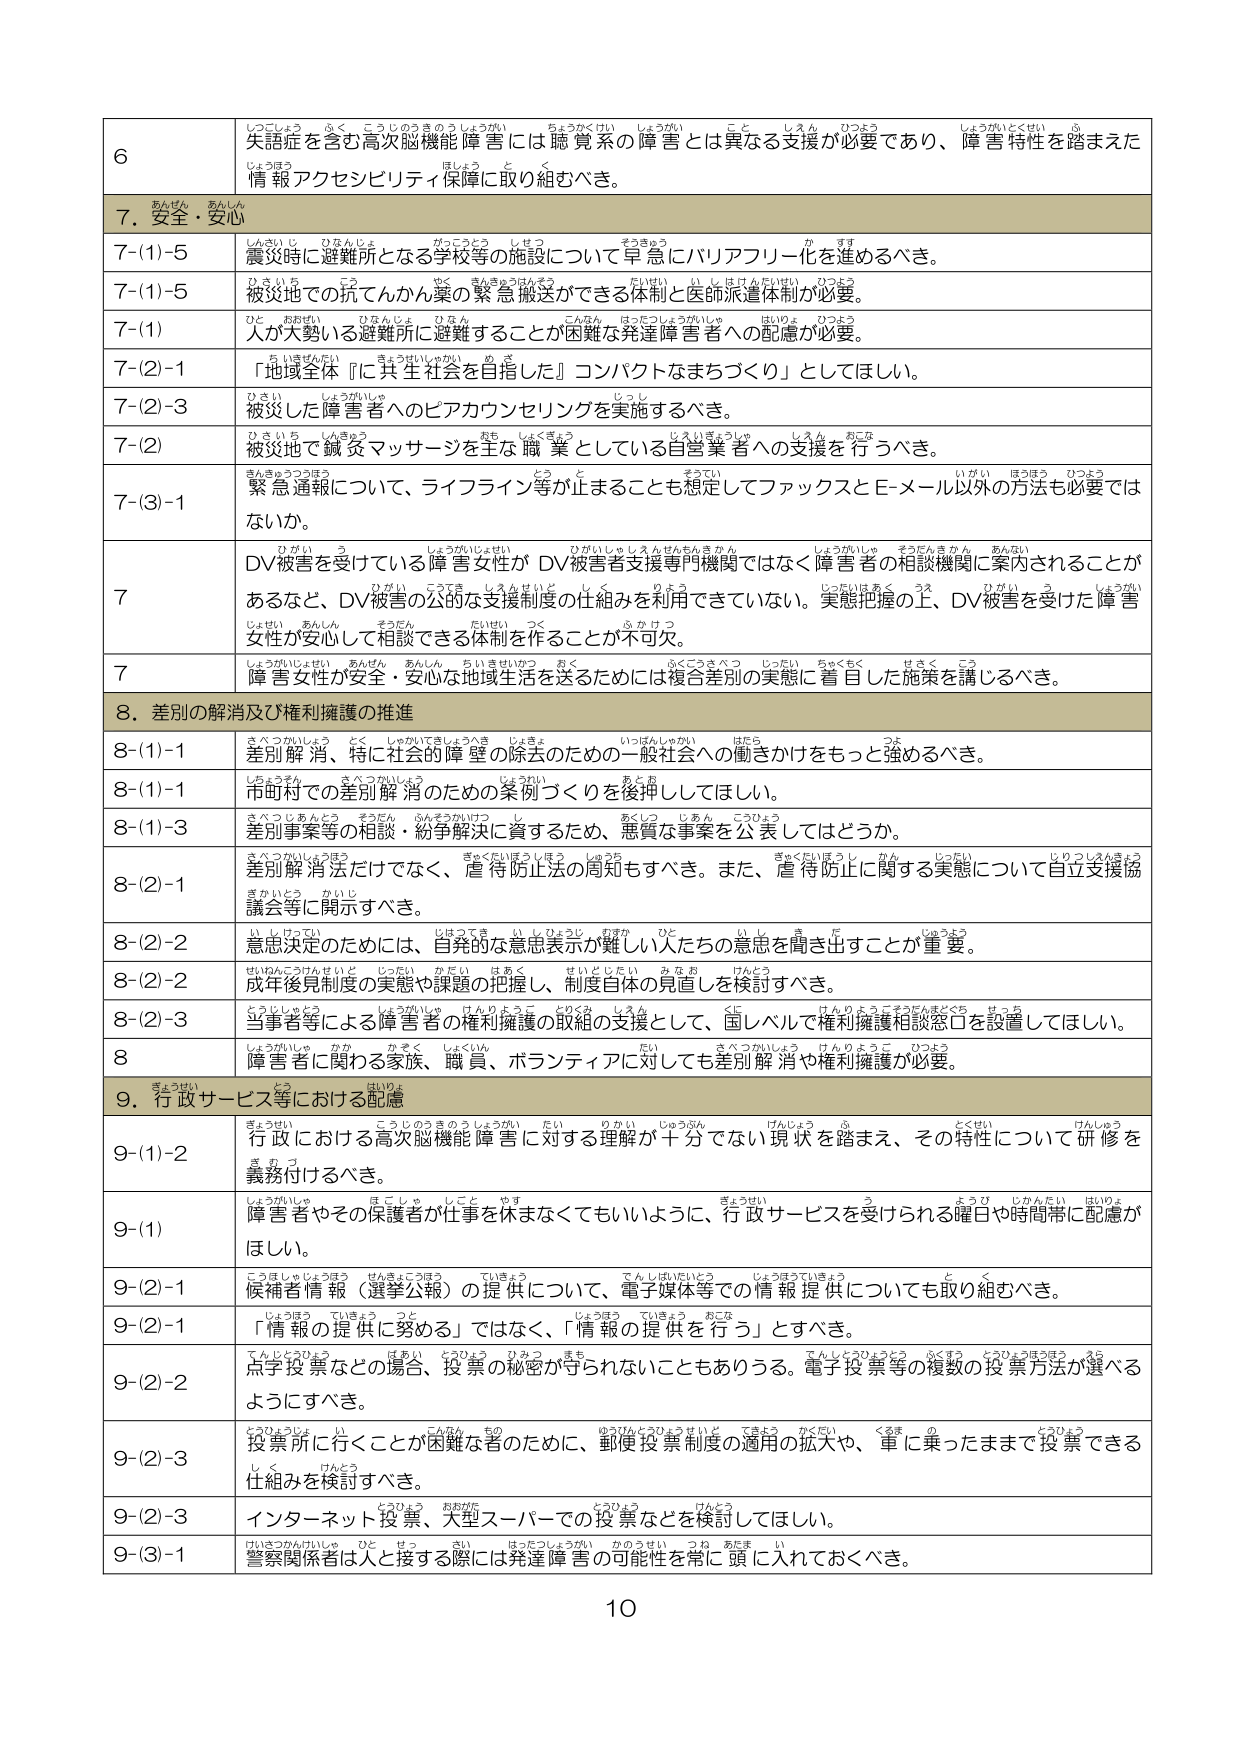
6
失語症を含む高次脳機能障害には聴覚系の障害とは異なる支援が必要であり、障害特性を踏まえた情報アクセシビリティ保障に取り組むべき。

7. 安全・安心
7-(1)-5
震災時に避難所となる学校等の施設について早急にバリアフリー化を進めるべき。
7-(1)-5
被災地での町てんかん薬の緊急搬送ができる体制と医師派遣体制が必要。
7-(1)
人が大勢いる避難所に避難することが困難な発達障害者への配慮が必要。
7-(2)-1
「地域全体『に共生社会を目指した』コンパクトなまちづくり」としてほしい。
7-(2)-3
被災した障害者へのピアカウンセリングを実施するべき。
7-(2)
被災地で鍼灸マッサージを主な職業としている自営業者への支援を行うべき。
7-(3)-1
緊急通報について、ライフライン等が止まることも想定してファックスとEメール以外の方法も必要ではないか。
7
DV被害を受けている障害女性がDV被害者支援専門機関ではなく障害者の相談機関に案内されることがあるなど、DV被害の公的な支援制度の仕組みを利用できていない。実態把握の上、DV被害を受けた障害女性が安心して相談できる体制を作ることが不可欠。
7
障害女性が安全・安心な地域生活を送るためには複合差別の実態に着目した施策を講じるべき。

8. 差別の解消及び権利擁護の推進
8-(1)-1
差別解消、特に社会的障壁の除去のための一般社会への働きかけをもっと強めるべき。
8-(1)-1
市町村での差別解消のための条例づくりを後押ししてほしい。
8-(1)-3
差別事案等の相談・紛争解決に資するため、貴重な事案を公表してはどうか。
8-(2)-1
差別解消法だけでなく、虐待防止法の周知もすべき。また、虐待防止に関する実態について自立支援協議会等に開示すべき。
8-(2)-2
意思決定のためには、自発的な意思表示が難しい人たちの意思を聞き出すことが重要。
8-(2)-2
成年後見制度の実態や課題の把握し、制度自体の見直しを検討すべき。
8-(2)-3
当事者等による障害者の権利擁護の取組の支援として、国レベルで権利擁護相談窓口を設置してほしい。
8
障害者に関わる家族、職員、ボランティアに対しても差別解消や権利擁護が必要。

9. 行政サービス等における配慮
9-(1)-2
行政における高次脳機能障害に対する理解が十分でない現状を踏まえ、その特性について研修を義務付けるべき。
9-(1)
障害者やその保護者が仕事を休まなくてもよいように、行政サービスを受けられる曜日や時間帯に配慮がほしい。
9-(2)-1
候補者情報（選挙公報）の提供について、電子媒体等での情報提供についても取り組むべき。
9-(2)-1
「情報の提供に努める」ではなく、「情報の提供を行う」とすべき。
9-(2)-2
点字投票などの場合、投票の秘密が守られないこともある。電子投票等の複数の投票方法が選べるようにすべき。
9-(2)-3
投票所に行くことが困難な者のために、郵便投票制度の適用の拡大や、車に乗ったままで投票できる仕組みを検討すべき。
9-(2)-3
インターネット投票、大型スーパーでの投票などを検討してほしい。
9-(3)-1
警察関係者は人と接する際には発達障害の可能性を常に頭に入れておくべき。

10